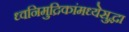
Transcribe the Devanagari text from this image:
ध्वनिमुद्रिकांमध्येसुद्धा